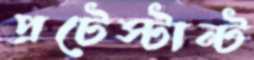
প্রটেস্টান্ট